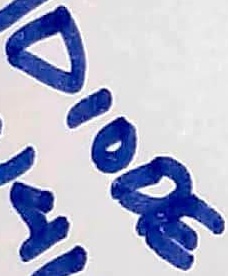
Text: DIODE